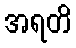
အရတိ